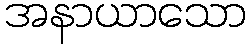
အနာယာသော